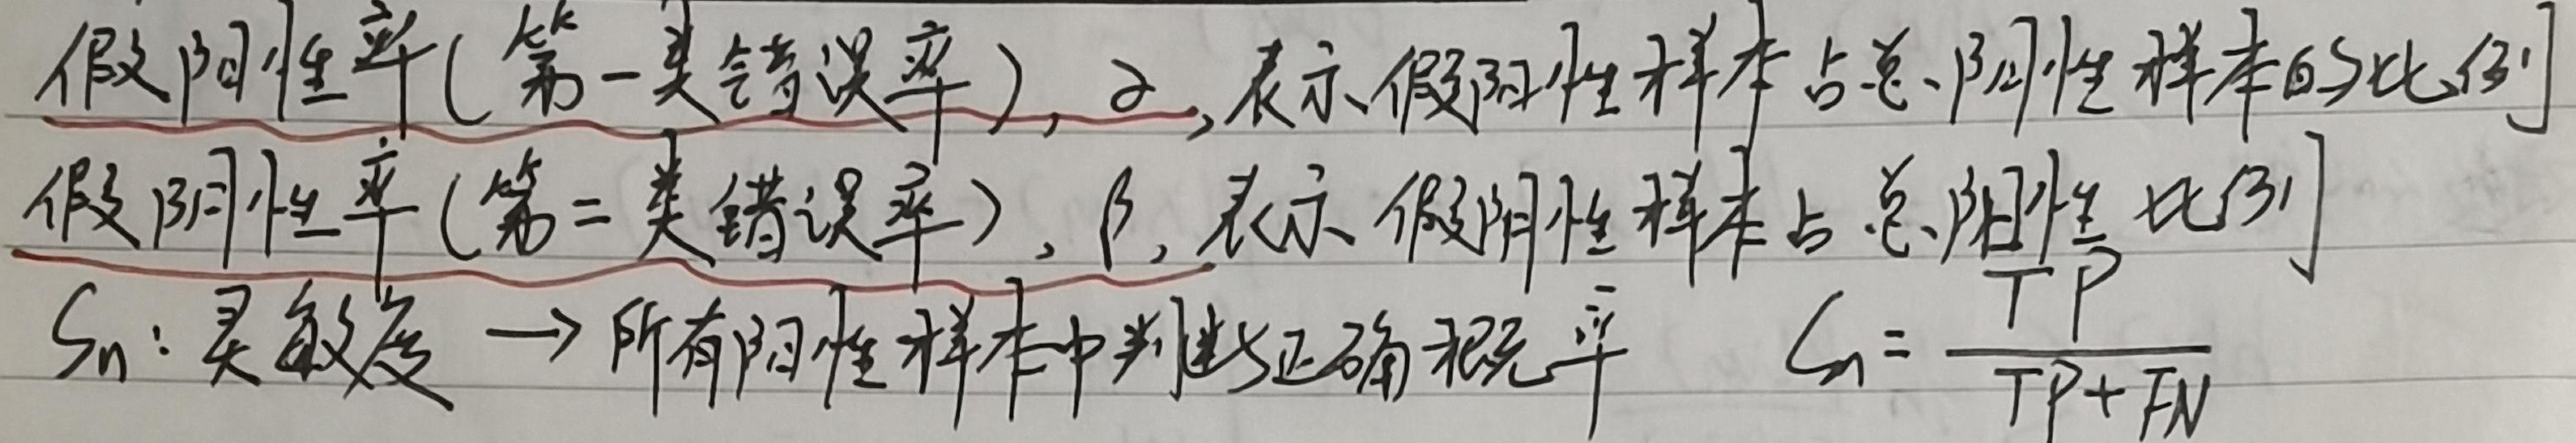
假阳性率(第一类错误率)，$\alpha$，表示假阳性样本占总阴性样本的比例。假阴性率(第二类错误率)，$\beta$，表示假阴性样本占总阳性比例。$S_n$: 灵敏度 $\to$ 所有阳性样本中判断正确概率 $S_n=\frac{TP}{TP + FN}$